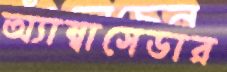
অ্যাম্বাসেডার